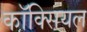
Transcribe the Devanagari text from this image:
कॉक्सियल